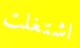
اشتغلت